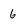
Character: 6